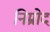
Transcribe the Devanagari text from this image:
निम्रोद